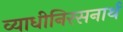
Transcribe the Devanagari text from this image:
व्याधीनिरसनार्थ